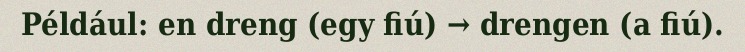
Például: en dreng (egy fiú) → drengen (a fiú).